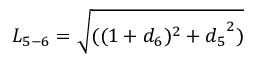
{ L _ { 5 - 6 } } = \sqrt { ( ( 1 + { d _ { 6 } } ) ^ { 2 } + { d _ { 5 } } ^ { 2 } ) }